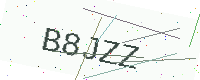
Text: B8JZZ